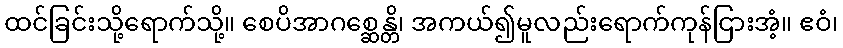
ထင်ခြင်းသို့ရောက်သို့။ စေပိအာဂစ္ဆေန္တိ၊ အကယ်၍မူလည်းရောက်ကုန်ငြားအံ့။ ဧဝံ၊